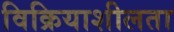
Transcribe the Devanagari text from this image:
विक्रियाशीलता